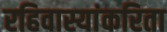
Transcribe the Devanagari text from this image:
रहिवास्यांकरिता